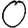
Digit: 0